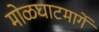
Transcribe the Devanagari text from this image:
मोळघाटमार्गे